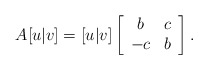
\begin{align*}A[u|v]=[u|v]\left[\begin{array}{cc}b & c \\-c & b \\\end{array}\right].\end{align*}